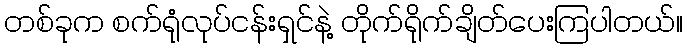
တစ်ခုက စက်ရုံလုပ်ငန်းရှင်နဲ့ တိုက်ရိုက်ချိတ်ပေးကြပါတယ်။